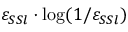
\varepsilon _ { S S l } \cdot \log ( 1 / \varepsilon _ { S S l } )